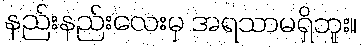
နည်းနည်းလေးမှ အရသာမရှိဘူး။